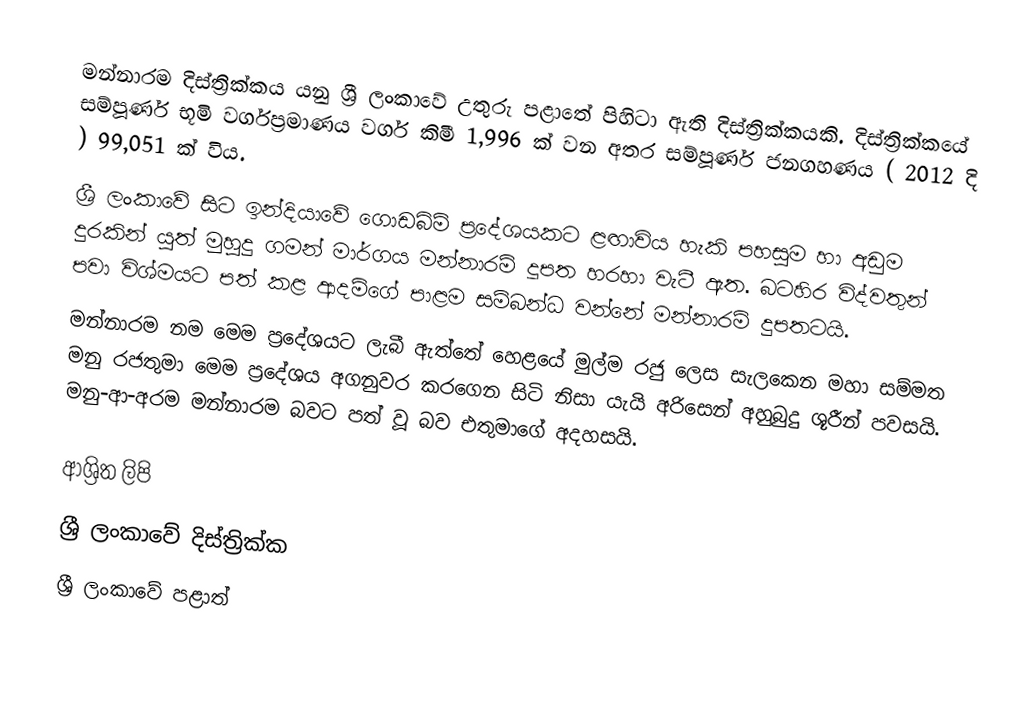
මන්නාරම දිස්ත්‍රික්කය යනු ශ්‍රී ලංකාවේ උතුරු  පළාතේ පිහිටා ඇති දිස්ත්‍රික්කයකි. දිස්ත්‍රික්කයේ සම්පූර්ණ භූමි වර්ගප්‍රමාණය වර්ග කිමී 1,996  ක් වන අතර සම්පූර්ණ ජනගහණය ( 2012 දි ) 99,051 ක් විය.
ශ‍්‍රී ලංකාවේ සිට ඉන්දියාවේ ගොඩබිම් ප‍්‍රදේශයකට ළඟාවිය හැකි පහසුම හා අඩුම දුරකින් යුත් මුහුදු ගමන් මාර්ගය මන්නාරම් දූපත හරහා වැටී ඇත. බටහිර විද්වතුන් පවා විශ්මයට පත් කළ ආදම්ගේ පාළම සම්බන්ධ වන්නේ මන්නාරම් දුපතටයි.
මන්නාරම නම මෙම ප‍්‍රදේශයට ලැබී ඇත්තේ හෙළයේ මුල්ම රජු ලෙස සැලකෙන මහා සම්මත මනු රජතුමා මෙම ප‍්‍රදේශය අගනුවර කරගෙන සිටි නිසා යැයි අරිසෙන් අහුබුදු ශූරීන් පවසයි. මනු-ආ-අරම මන්නාරම බවට පත් වූ බව එතුමාගේ අදහසයි.

ආශ්‍රිත ලිපි
ශ්‍රී ලංකාවේ දිස්ත්‍රික්ක
ශ්‍රී ලංකාවේ පළාත්